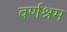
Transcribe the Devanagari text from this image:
वर्णश्रम